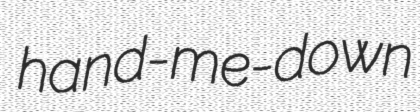
hand-me-down